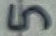
Text: 5